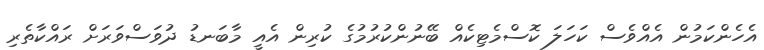
އެހެންކަމުން އެއްވެސް ކަހަލަ ކޮސްމެޓިކެއް ބޭނުންކުރުމުގެ ކުރިން އެއީ މާބަނޑު ދުވަސްވަރަށް ރައްކާތެރި